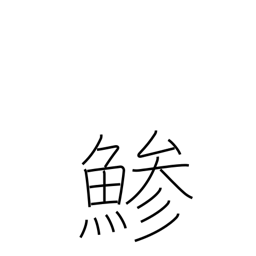
Meaning: horse mackerel